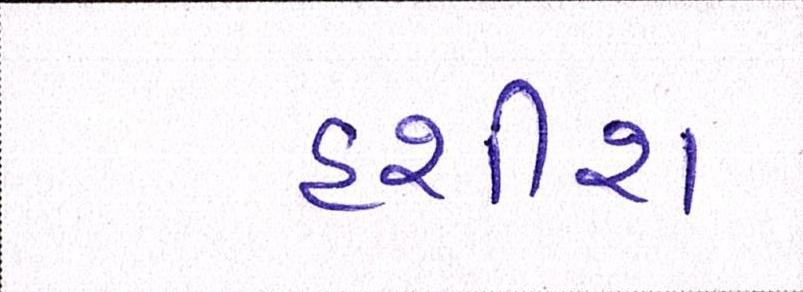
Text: હશીશ